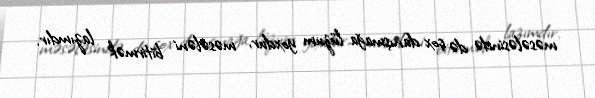
məsələsində də çox danışmağa lüzum yoxdur, məsələni bitirmək lazımdır.